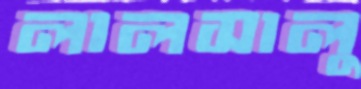
লালসালু